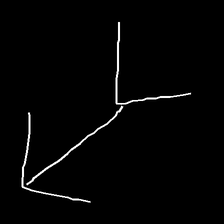
Glyph: gather